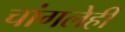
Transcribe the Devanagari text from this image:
चांगलेही